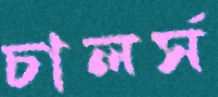
চালর্স